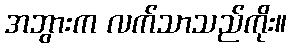
အဘွားက လက်သာသည်ကိုး။